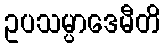
ဥပသမ္ပာဒေမီတိ